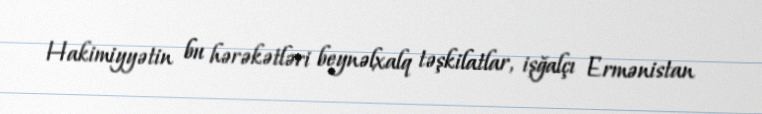
Hakimiyyətin bu hərəkətləri beynəlxalq təşkilatlar, işğalçı Ermənistan